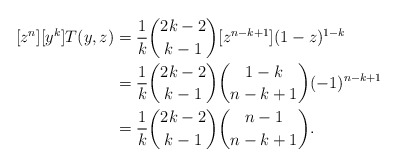
\begin{align*} [z^n][y^k]T(y, z)&=\frac1k\binom{2k-2}{k-1}[z^{n-k+1}](1-z)^{1-k}\\ &= \frac1k\binom{2k-2}{k-1}\binom{1-k}{n-k+1}(-1)^{n-k+1}\\ &=\frac1k\binom{2k-2}{k-1}\binom{n-1}{n-k+1}. \end{align*}